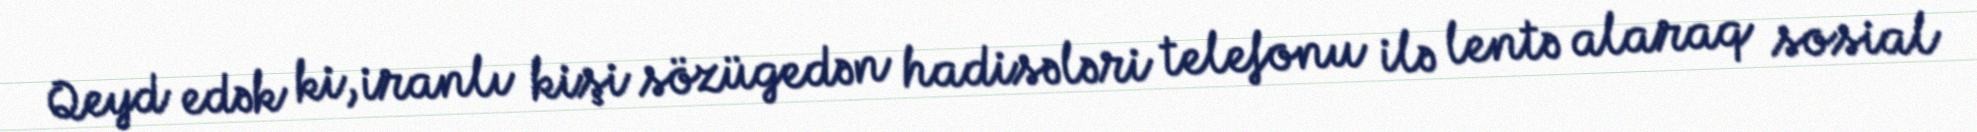
Qeyd edək ki, iranlı kişi sözügedən hadisələri telefonu ilə lentə alaraq sosial